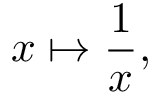
x \mapsto { \frac { 1 } { x } } ,